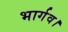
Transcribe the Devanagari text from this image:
भार्गव।